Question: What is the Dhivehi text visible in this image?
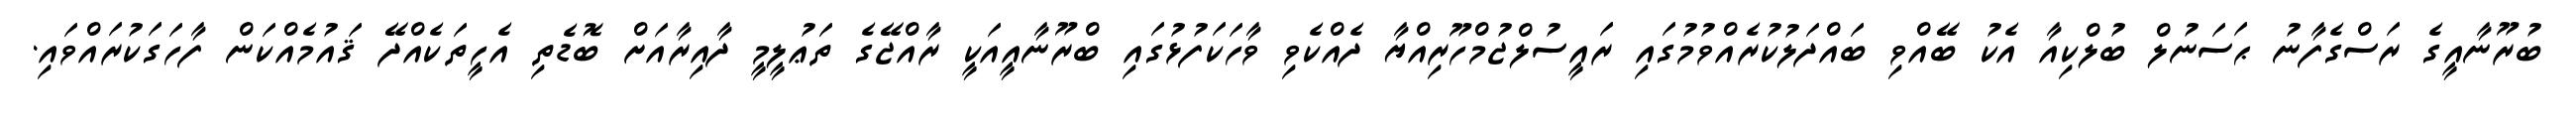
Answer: ބުރޫނާއީގެ ރަސްގެފާނު ޙަސަނުލް ބުލްކިއާ އެކު ބޭއްވި ބައްދަލުކުރެއްވުމުގައި ރައީސުލްޖުމްހޫރިއްޔާ ދެއްކެވި ވާހަކަފުޅުގައި ބްރޫނާއީއަކީ ރާއްޖޭގެ ތަޢުލީމީ ދާއިރާއަށް ބޮޑެތި އެހީތަކެއްދޭ ޤައުމެއްކަން ފާހަގަކުރައްވައި.